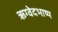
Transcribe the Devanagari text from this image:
ऋग्वेदभाष्य